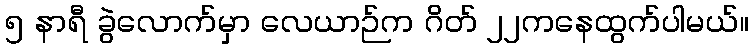
၅ နာရီ ခွဲလောက်မှာ လေယာဉ်က ဂိတ် ၂၂ကနေထွက်ပါမယ်။